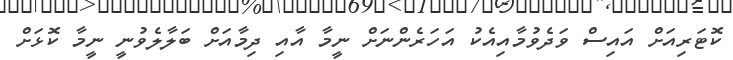
ކޮޓަރިއަށް އައިސް ވަދެވުމާއިއެކު އަހަރެންނަށް ނީމާ އާއި ދިމާއަށް ބަލާލެވުނީ ނީމާ ކޮޅަށް